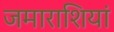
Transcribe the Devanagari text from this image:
जमाराशियां